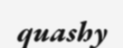
quashy